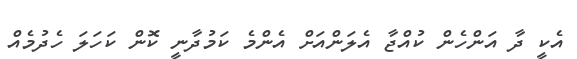
އެކީ ދާ އަންހެން ކުއްޖާ އެލަންއަށް އެންމެ ކަމުދާނީ ކޮން ކަހަލަ ހެދުމެއް